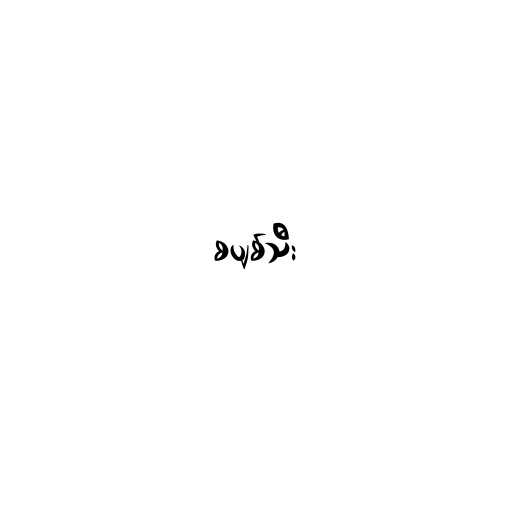
စပျစ်သီး